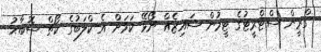
ގްރީން ސްޓްރީޓުގެ ޓީމުން ސައިޒެއް ނޯޅޭ ކަމަށް އެ ކްލަބުގެ ކޯޗް ސޮބާޙު